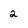
Character: 2